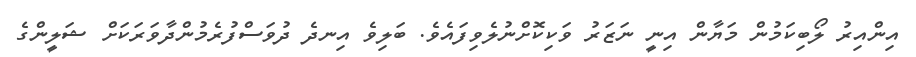
އިންއިރު ލޯބިކަމުން މަޔާން އިނީ ނަޒަރު ވަކިކޮށްނުލެވިފައެވެ. ބަލިވެ އިނދެ ދުވަސްފުރެމުންދާވަރަކަށް ޝަލީންގެ